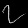
Digit: ၇